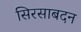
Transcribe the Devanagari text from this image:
सिरसाबदन